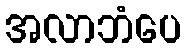
အလာဘံပေ